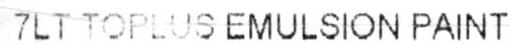
7LT TOPLUS EMULSION PAINT